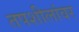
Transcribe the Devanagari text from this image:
तपशीलांवर